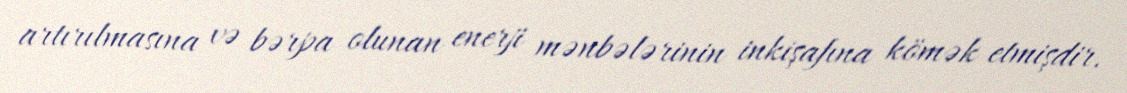
artırılmasına və bərpa olunan enerji mənbələrinin inkişafına kömək etmişdir.